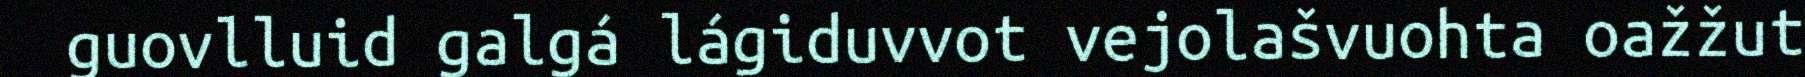
guovlluid galgá lágiduvvot vejolašvuohta oažžut